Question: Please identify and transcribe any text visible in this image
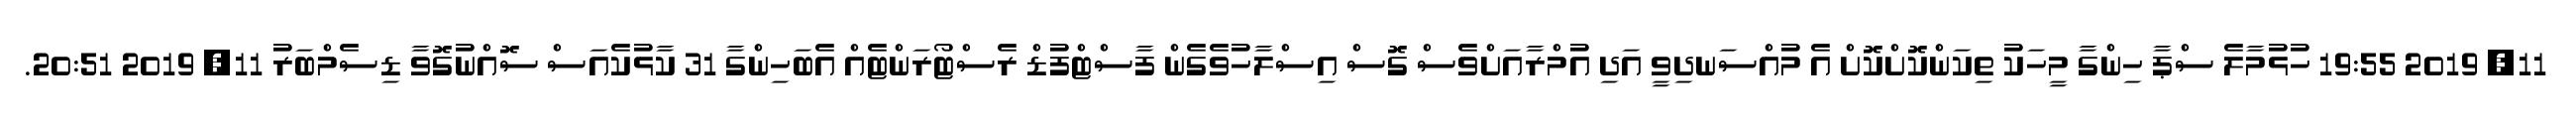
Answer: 11, 2019 19:55 ހުޅުމާލެ ސްޕާ ހިންގާ މީހަކު ތިކަންކޮށްކޮށް އެ މުއްސަނދިވީ އަދި އުމްރާއަށްވެސް ގޮސް އިސްލާހުވެގެން ފާސްޓްފުޑް ރެސްޓޯރަންޓެއް އެބަހިންގާ 31 ކާޅުކެއަސް ސޮއްނުގޮވާ ޑިސެމްބަރު 11, 2019 20:51.